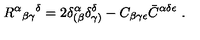
R ^ { \alpha } { } _ { \beta \gamma } { } ^ { \delta } = 2 \delta _ { ( \beta } ^ { \alpha } \delta _ { \gamma ) } ^ { \delta } - C _ { \beta \gamma \epsilon } \bar { C } ^ { \alpha \delta \epsilon } \ .